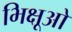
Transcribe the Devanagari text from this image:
भिक्षूओ